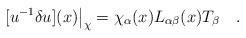
LaTeX: \begin{align*}[u^{-1}\delta u](x) \big|_\chi ={\chi_\alpha(x)} L_{\alpha\beta}(x)T_\beta\quad.\end{align*}